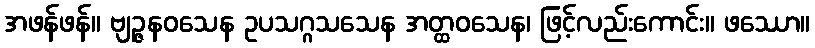
အဖန်ဖန်။ ဗျဉ္ဇနဝသေန ဥပသဂ္ဂသသေန အတ္ထဝသေန၊ ဖြင့်လည်းကောင်း။ ဖဿော။